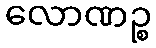
လောဏဉ္စ